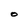
Character: O